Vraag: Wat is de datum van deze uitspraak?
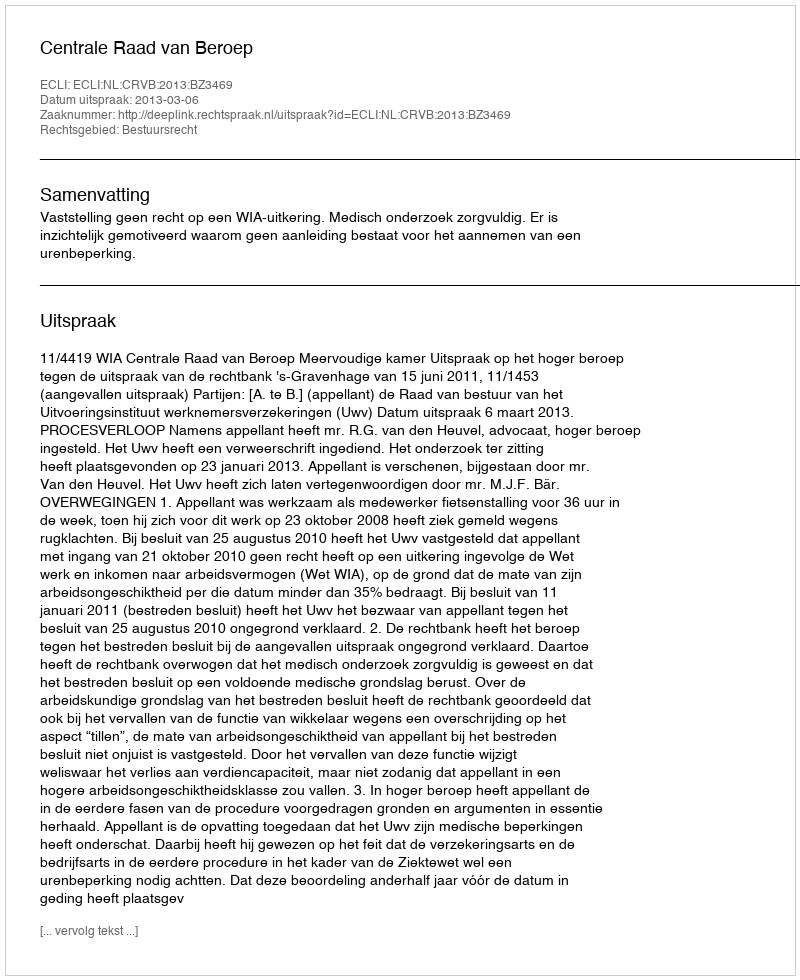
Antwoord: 2013-03-06